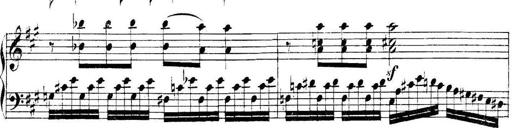
Title: Collected Piano Sonatas
Composer: Muzio Clementi